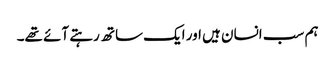
ہم سب انسان ہیں اور ایک ساتھ رہتے آئے تھے۔